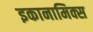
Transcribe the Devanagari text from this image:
इकानामिक्स